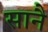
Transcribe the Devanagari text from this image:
सानै